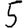
Digit: 5